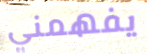
يفهمني